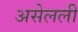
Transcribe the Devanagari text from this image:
असेलली